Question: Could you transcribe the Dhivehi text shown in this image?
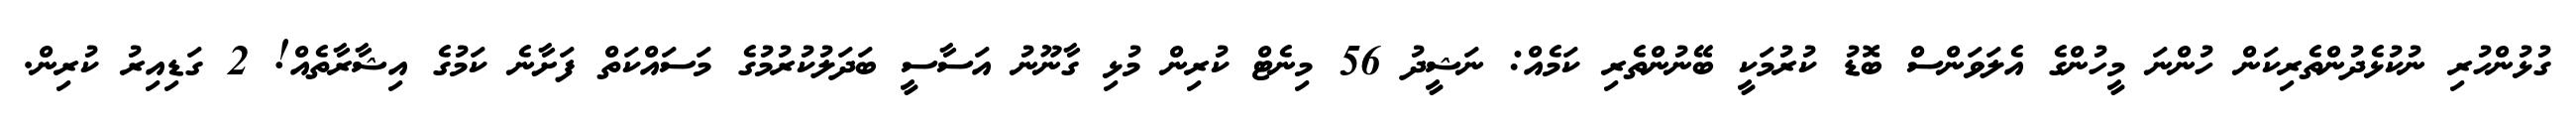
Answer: ގުޅުންހުރި ނުކުޅެދުންތެރިކަން ހުންނަ މީހުންގެ އެލަވަންސް ބޮޑު ކުރުމަކީ ބޭނުންތެރި ކަމެއް: ނަޝީދު 56 މިނެޓް ކުރިން މުޅި ގާނޫނު އަސާސީ ބަދަލުކުރުމުގެ މަސައްކަތް ފަށާނެ ކަމުގެ އިޝާރާތެއް! 2 ގަޑިއިރު ކުރިން.